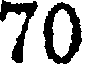
70